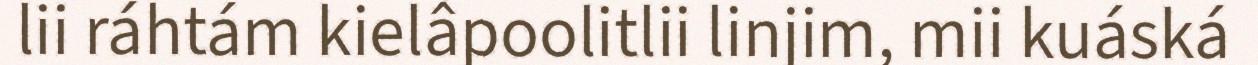
lii ráhtám kielâpoolitlii linjim, mii kuáská